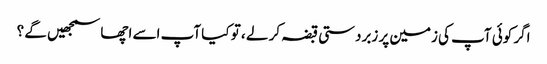
اگر کوئی آپ کی زمین پر زبردستی قبضہ کر لے ، تو کیا آپ اسے اچھا سمجھیں گے ؟